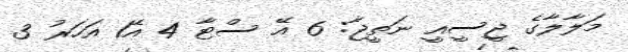
މަލާލާގެ ޖީސީއީ ނަތީޖާ: 6 އޭ ސްޓާ 4 އޭ1 އަހަރު 3